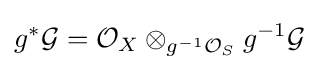
g^{*}{\mathcal {G}}={\mathcal {O}}_{X}\otimes _{g^{-1}{\mathcal {O}}_{S}}g^{-1}{\mathcal {G}}